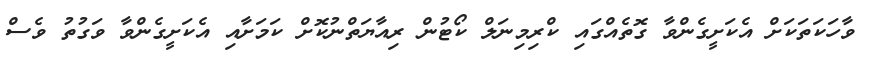
ވާހަކަތަކަށް އެކަށީގެންވާ ގޮތެއްގައި ކްރިމިނަލް ކޯޓުން ރިއާޔަތްނުކޮށް ކަމަށާއި އެކަށީގެންވާ ވަގުތު ވެސް